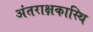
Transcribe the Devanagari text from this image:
अंतराक्षकास्थि